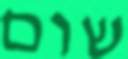
שום